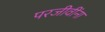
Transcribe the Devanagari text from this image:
परजीवींना